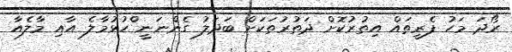
ރޯދަ މަހު ފެރީތައް އިތުރުކޮށް ދަތުރުތަކަށް ބަދަލު ގެންނަނީ ްހުޅުމާލެ އާއި މާލެއާ